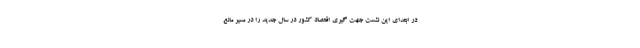
در ابتدای این نشست جهت گیری اقتصاد کشور در سال جدید را در مسیر مانع